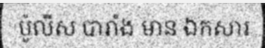
ប៉ូលីស បារាំង មាន ឯកសារ